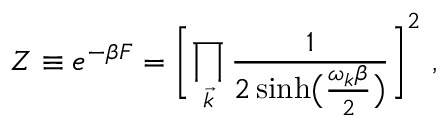
Z \equiv e ^ { - \beta F } = \Biggl [ \prod _ { \vec { k } } { \frac { 1 } { 2 \sinh \bigl ( { \frac { \omega _ { k } \beta } { 2 } } \bigr ) } } \Biggr ] ^ { 2 } \ ,